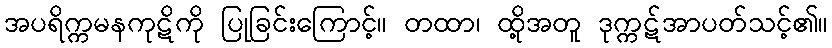
အပရိက္ကမနကုဋိကို ပြုခြင်းကြောင့်။ တထာ၊ ထို့အတူ ဒုက္ကဋ်အာပတ်သင့်၏။